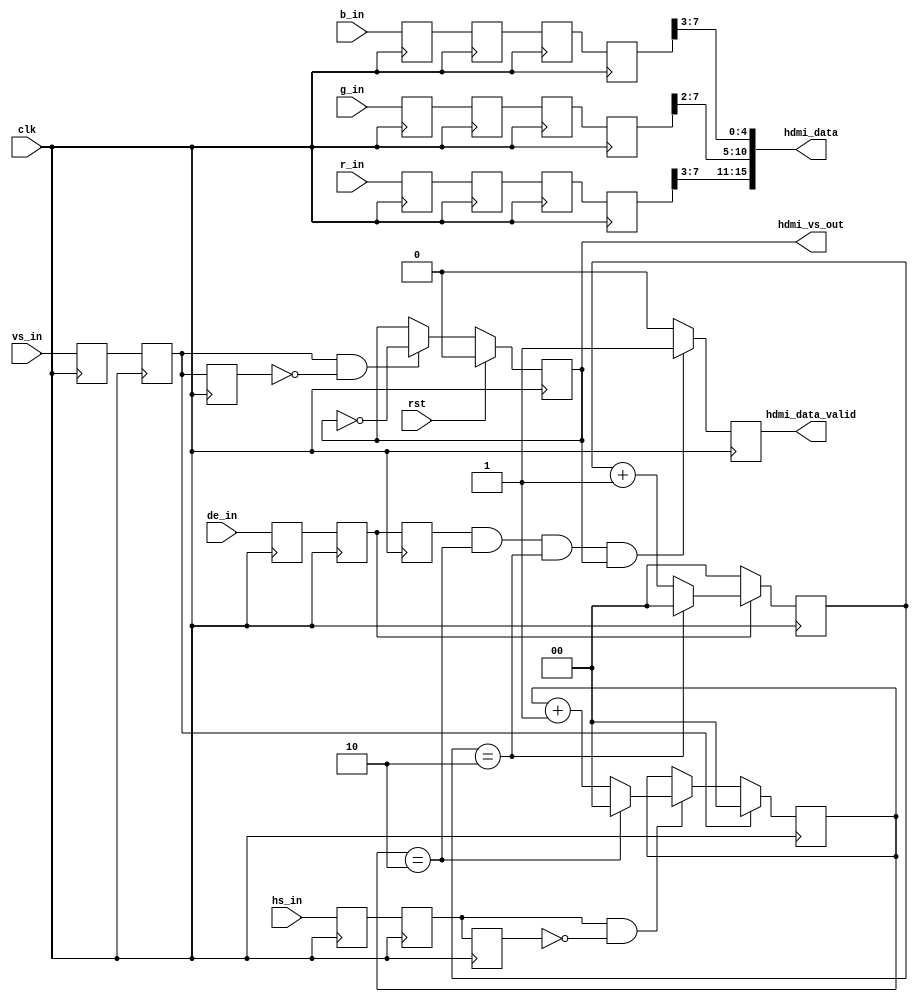
`timescale 1ns / 1ps
//////////////////////////////////////////////////////////////////////////////////
// Company: 
// Engineer: 
// 
// Design Name: 
// Module Name: hdmi_in_top
// Project Name: 
// Target Devices: 
// Tool Versions: 
// Description: 
// 
// Dependencies: 
// 
// Revision:
// Revision 0.01 - File Created
// Additional Comments:
// 
//////////////////////////////////////////////////////////////////////////////////


module hdmi_in_top #(
    parameter IMAGE_W    = 1280,
    parameter IMAGE_H    = 720,
    parameter IMAGE_SIZE = 11
) (
    input clk,  //! 
    input rst,  //! 

    input [7:0] r_in,  //! Red
    input [7:0] g_in,  //! Green
    input [7:0] b_in,  //! Blue
    input vs_in,  //! 
    input hs_in,  //! 
    input de_in,  //! 

    output [15:0] hdmi_data,  //! HDMI
    output hdmi_data_valid,  //! HDMI
    output hdmi_vs_out  //! HDMI

);
  //localparam   EXTRACT = 2 ;
  reg [7:0] r_in0, g_in0, b_in0;
  reg [7:0] r_in1, g_in1, b_in1;
  reg [7:0] r_in2, g_in2, b_in2;
  reg [7:0] r_in3, g_in3, b_in3;
  reg vs_in0, hs_in0, de_in0;
  reg vs_in1, hs_in1, de_in1;
  reg vs_in2, hs_in2, de_in2;
  reg hdmi_in_en;

  wire [1:0] EXTRACT;
  generate
    if (IMAGE_H == 1080) assign EXTRACT = 1;
    else assign EXTRACT = 2;
  endgenerate

  always @(posedge clk) begin
    r_in0  <= r_in;
    r_in1  <= r_in0;
    r_in2  <= r_in1;
    r_in3  <= r_in2;
    g_in0  <= g_in;
    g_in1  <= g_in0;
    g_in2  <= g_in1;
    g_in3  <= g_in2;
    b_in0  <= b_in;
    b_in1  <= b_in0;
    b_in2  <= b_in1;
    b_in3  <= b_in2;
    vs_in0 <= vs_in;
    vs_in1 <= vs_in0;
    vs_in2 <= vs_in1;
    hs_in0 <= hs_in;
    hs_in1 <= hs_in0;
    hs_in2 <= hs_in1;
    de_in0 <= de_in;
    de_in1 <= de_in0;
    de_in2 <= de_in1;
  end
  reg [1:0] hs_cnt;
  always @(posedge clk) begin
    if (vs_in1) hs_cnt <= 'd0;
    else begin
      if (hs_in1 & (~hs_in2)) begin
        if (hs_cnt == EXTRACT) hs_cnt <= 'd0;
        else hs_cnt <= hs_cnt + 1'b1;
      end else hs_cnt <= hs_cnt;
    end
  end

  reg hdmi_data_valid0;
  assign hdmi_data_valid = hdmi_data_valid0;
  assign hdmi_data       = {r_in3[7:3], g_in3[7:2], b_in3[7:3]};
  reg [1:0] de_cnt;
  always @(posedge clk) begin
    if (de_in1) begin
      if (de_cnt == EXTRACT) de_cnt <= 'd0;
      else de_cnt <= de_cnt + 1'b1;
    end else de_cnt <= 'd0;
  end
  always @(posedge clk) begin
    if (rst) hdmi_in_en <= 'd0;
    else if (vs_in1 & (~vs_in2)) hdmi_in_en <= ~hdmi_in_en;
    //hdmi_in_en <= 'd1 ;
    else
      hdmi_in_en <= hdmi_in_en;
  end
  always @(posedge clk) begin
    if (de_in2 & (hs_cnt == EXTRACT) & (de_cnt == EXTRACT) & hdmi_in_en) hdmi_data_valid0 <= 'd1;
    else hdmi_data_valid0 <= 'd0;
  end
  assign hdmi_vs_out = hdmi_in_en;
  //assign hdmi_vs_out = hdmi_in_en&vs_in2 ;

  reg [12:0] cnt_hs0, cnt_hs1;
  always @(posedge clk) begin
    if (cnt_hs1 == 639) cnt_hs0 <= cnt_hs0 + hdmi_data_valid0;
    else if (vs_in1) cnt_hs0 <= 0;
    if (de_in1) cnt_hs1 <= cnt_hs1 + hdmi_data_valid0;
    else cnt_hs1 <= 0;
  end
endmodule